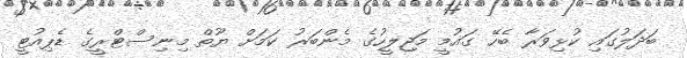
ބަދަލުގައި ކުޅިވަރާ ބެހޭ ގައުމީ މަޖިލީހުގެ މެންބަރު ކަމަށް ޔޫތް މިނިސްޓްރީގެ ޑެޕިއުޓީ